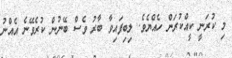
މި ކުރަނީ ކީއްކުރަން ހެއްޔެވެ. ލިބިފައިވާ ބާރު ވެސް ބޭނުން ކުރެވޭނެ އެއްނު